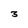
Character: 3